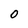
Character: 0